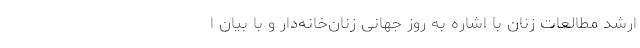
ارشد مطالعات زنان با اشاره به روز جهانی زنان‌خانه‌دار و با بیان ا